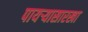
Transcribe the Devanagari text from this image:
पायऱ्यासारखा